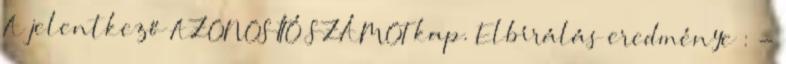
A jelentkező AZONOSÍTÓ SZÁMOT kap. Elbírálás eredménye : -